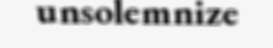
unsolemnize